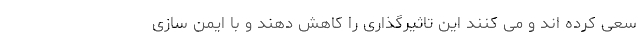
سعی کرده اند و می کنند این تاثیرگذاری را کاهش دهند و با ایمن سازی